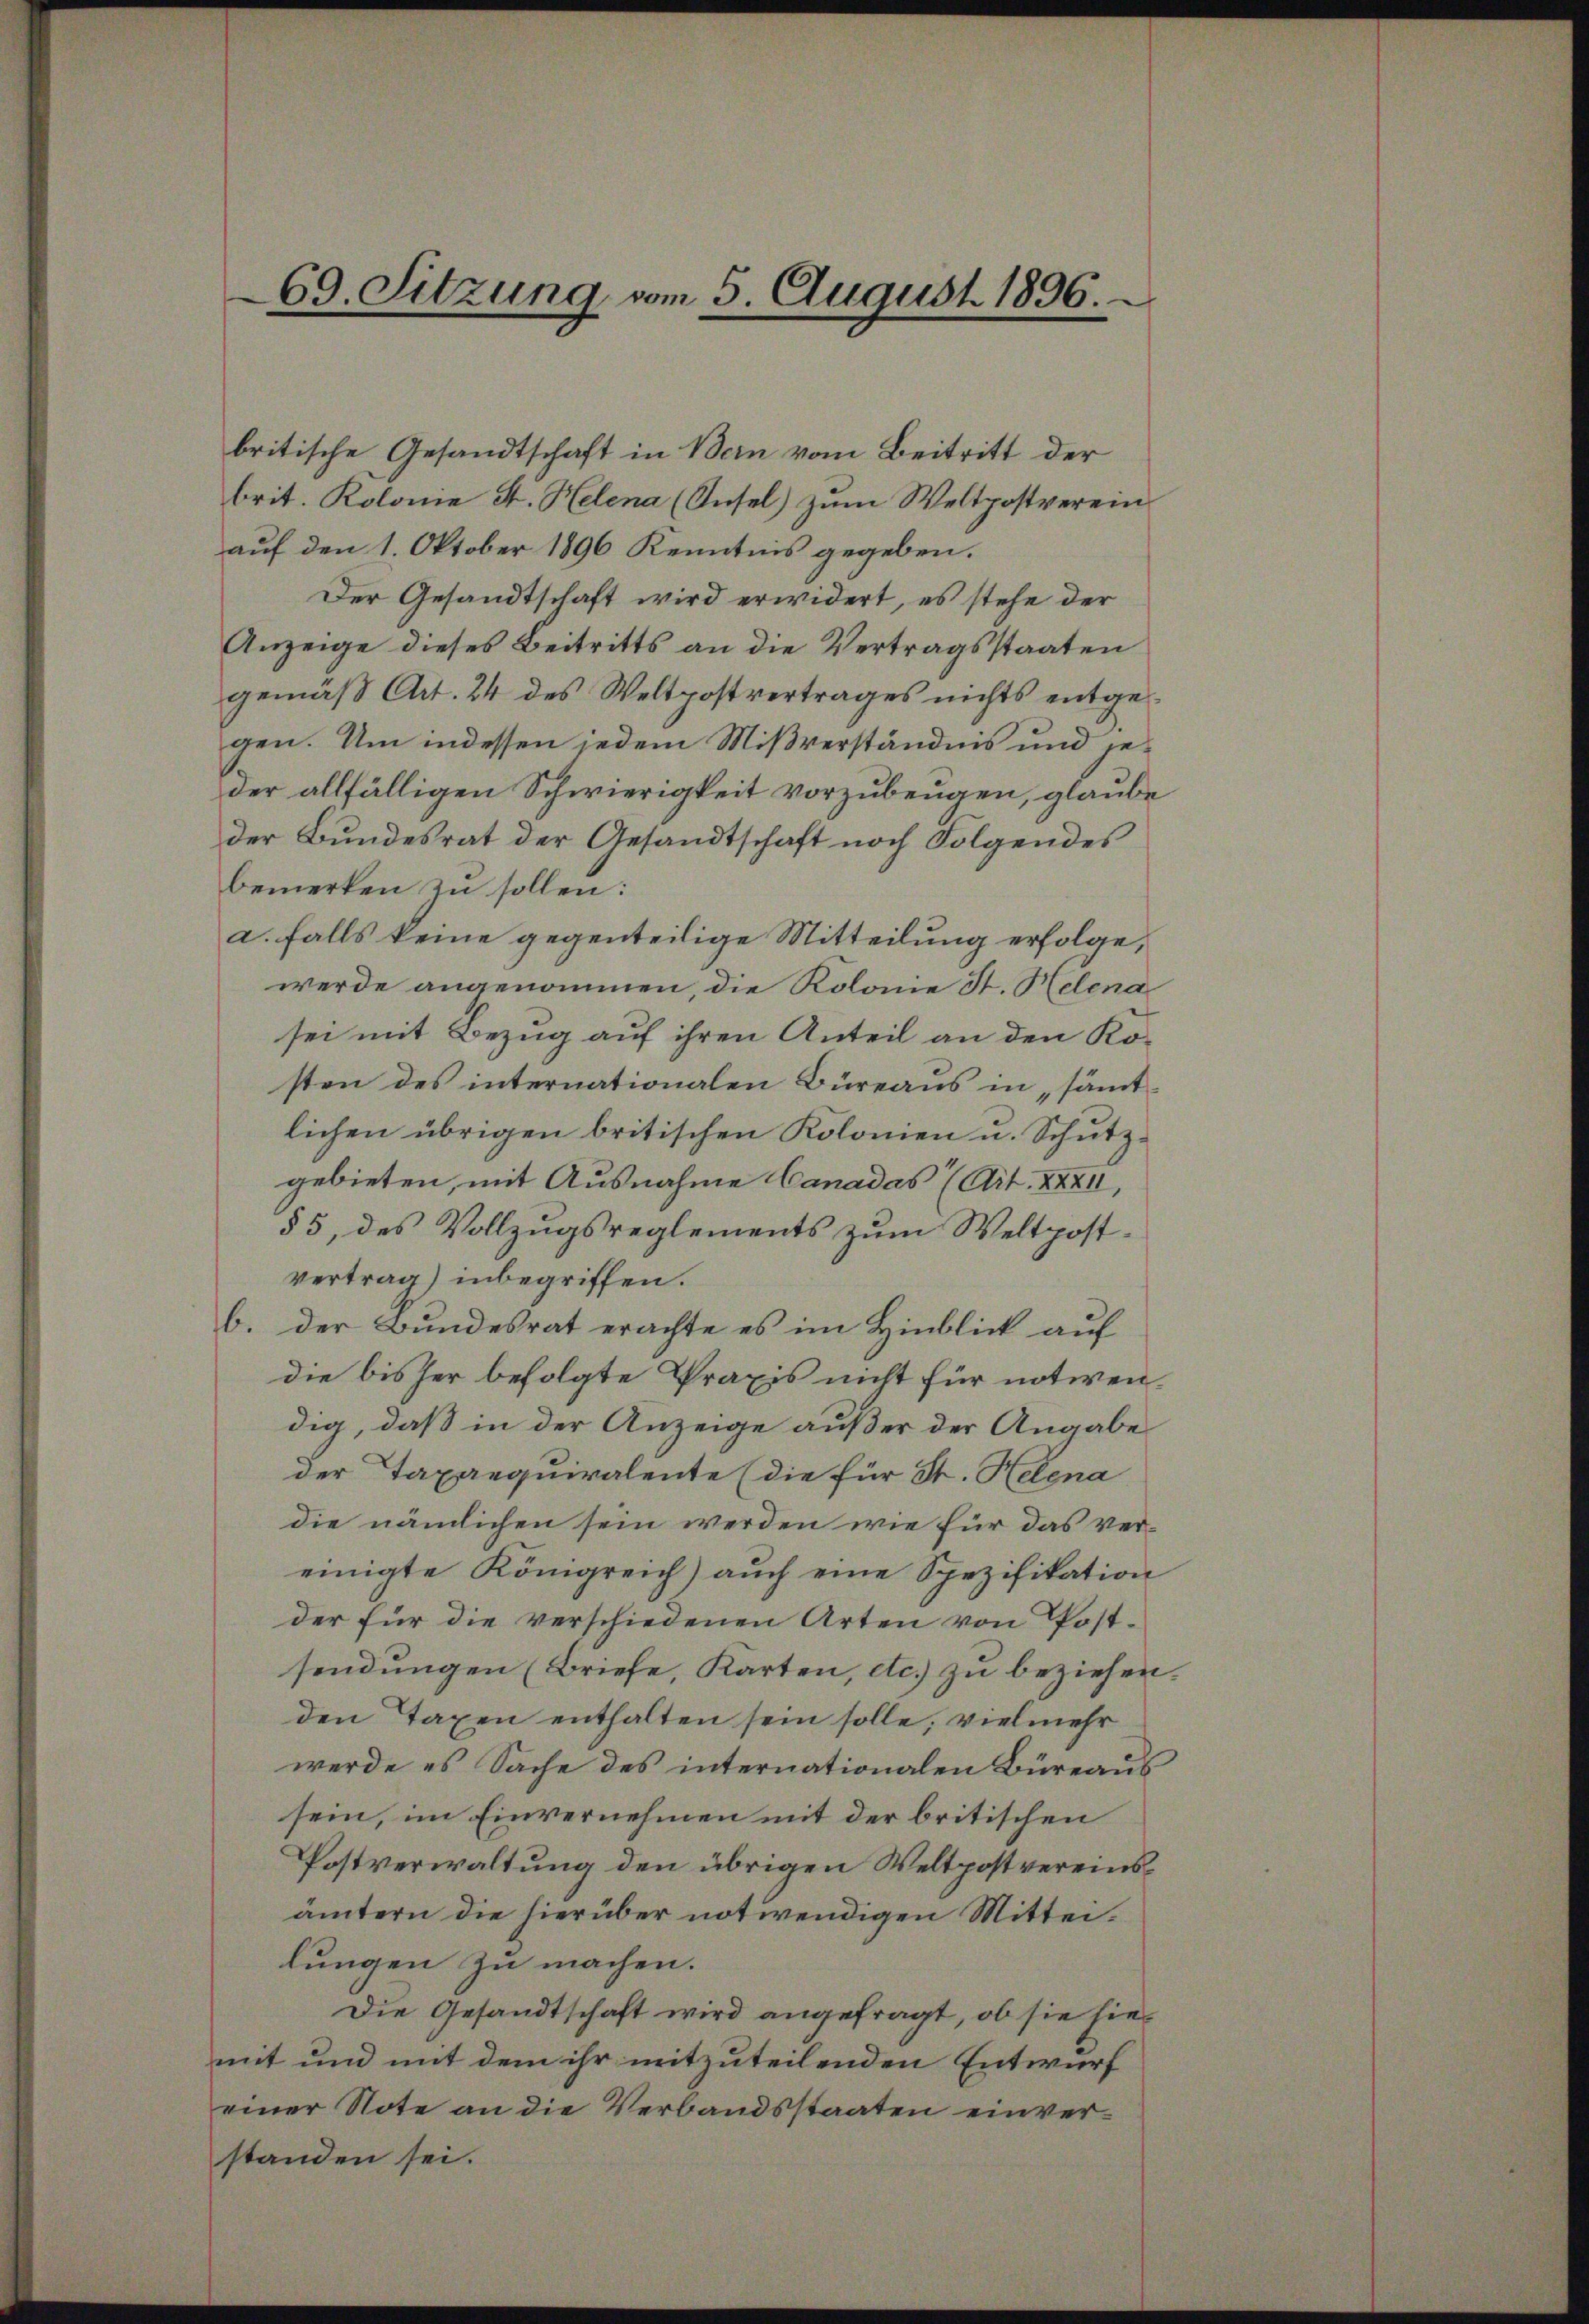
britische Gesandtschaft in Bern vom Beitritt der
brit. Kolome St. Helena (Insel) zum Weltpostverein
auf den 1. Oktober 1896 Kenntnis gegeben.
Der Gesandtschaft wird erwidert, es stehe der
Anzeige dieses Beitritts an die Vertragsstaaten
gemäß Art. 24 des Weltpostvertrages nichts entgegen. Um indessen jedem Mißverständnis und jeder allfälligen Schwierigkeit vorzubeugen, glaube
der Bundesrat der Gesandtschaft noch Folgendes
bemerken zu sollen:
a. falls keine gegenteilige Mitteilung erfolge,
werde angenommen, die Kolonie St. Helena
sei mit Bezug auf ihren Anteil an den Kosten des internationalen Büreaus in „sämtlichen übrigen britischen Kolonien u. Schutzgebieten, mit Ausnahme Canadas (Art. XXXII,
§ 5, des Vollzugsreglements zum Weltpostvertrag) inbegriffen.
b. der Bundesrat erachte es im Hinblick auf
die bisher befolgte Praxis nicht für notwendig, daß in der Anzeige außer der Angabe
der Taxanquiralente (die für St. Helena
die nämlichen sein werden wie für das vereinigte Königreich) aŭch eine Spezifikation
der für die verschiedenen Arten von Post-
sendungen (Briefe, Karten, etc.) zu beziehen.
den Taxen enthalten sein solle; vielmehr
werde es Sache des internationalen Büreaus
sein, im Einvernehmen mit der britischen
Postverwaltung den übrigen Weltpostvereinsämtern die hierüber notwendigen Mitteilungen zu machen.
Die Gesandtschaft wird angefragt, ob sie hiemit und mit dem ihr mitzuteilenden Entwurf
einer Note an die Verbandsstaaten einverstanden sei.

69. Sitzung vom 5. August 1896.